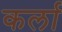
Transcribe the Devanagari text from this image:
कर्ला